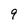
Character: q